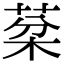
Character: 棻